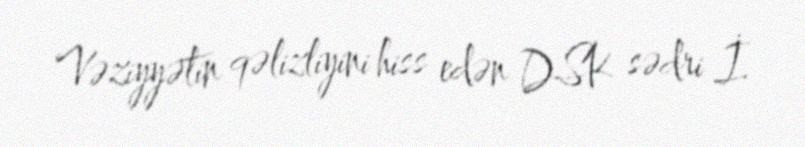
Vəziyyətin qəlizliyini hiss edən DSK sədri İ.